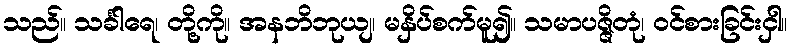
သည်။ သင်္ခါရေ၊ တို့ကို။ အနဘိဘုယျ၊ မနှိပ်စက်မူ၍။ သမာပဇ္ဇိတုံ၊ ဝင်စားခြင်းငှါ။